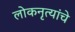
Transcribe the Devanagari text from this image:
लोकनृत्यांचे